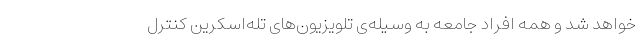
خواهد شد و همه‌ افراد جامعه به وسیله‌ی تلویزیون‌های تله‌اسکرین کنترل